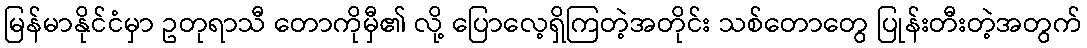
မြန်မာနိုင်ငံမှာ ဥတုရာသီ တောကိုမှီ၏ လို့ ပြောလေ့ရှိကြတဲ့အတိုင်း သစ်တောတွေ ပြုန်းတီးတဲ့အတွက်